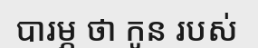
បារម្ភ ថា កូន របស់